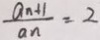
\frac { a _ { n + 1 } } { a _ { n } } = 2